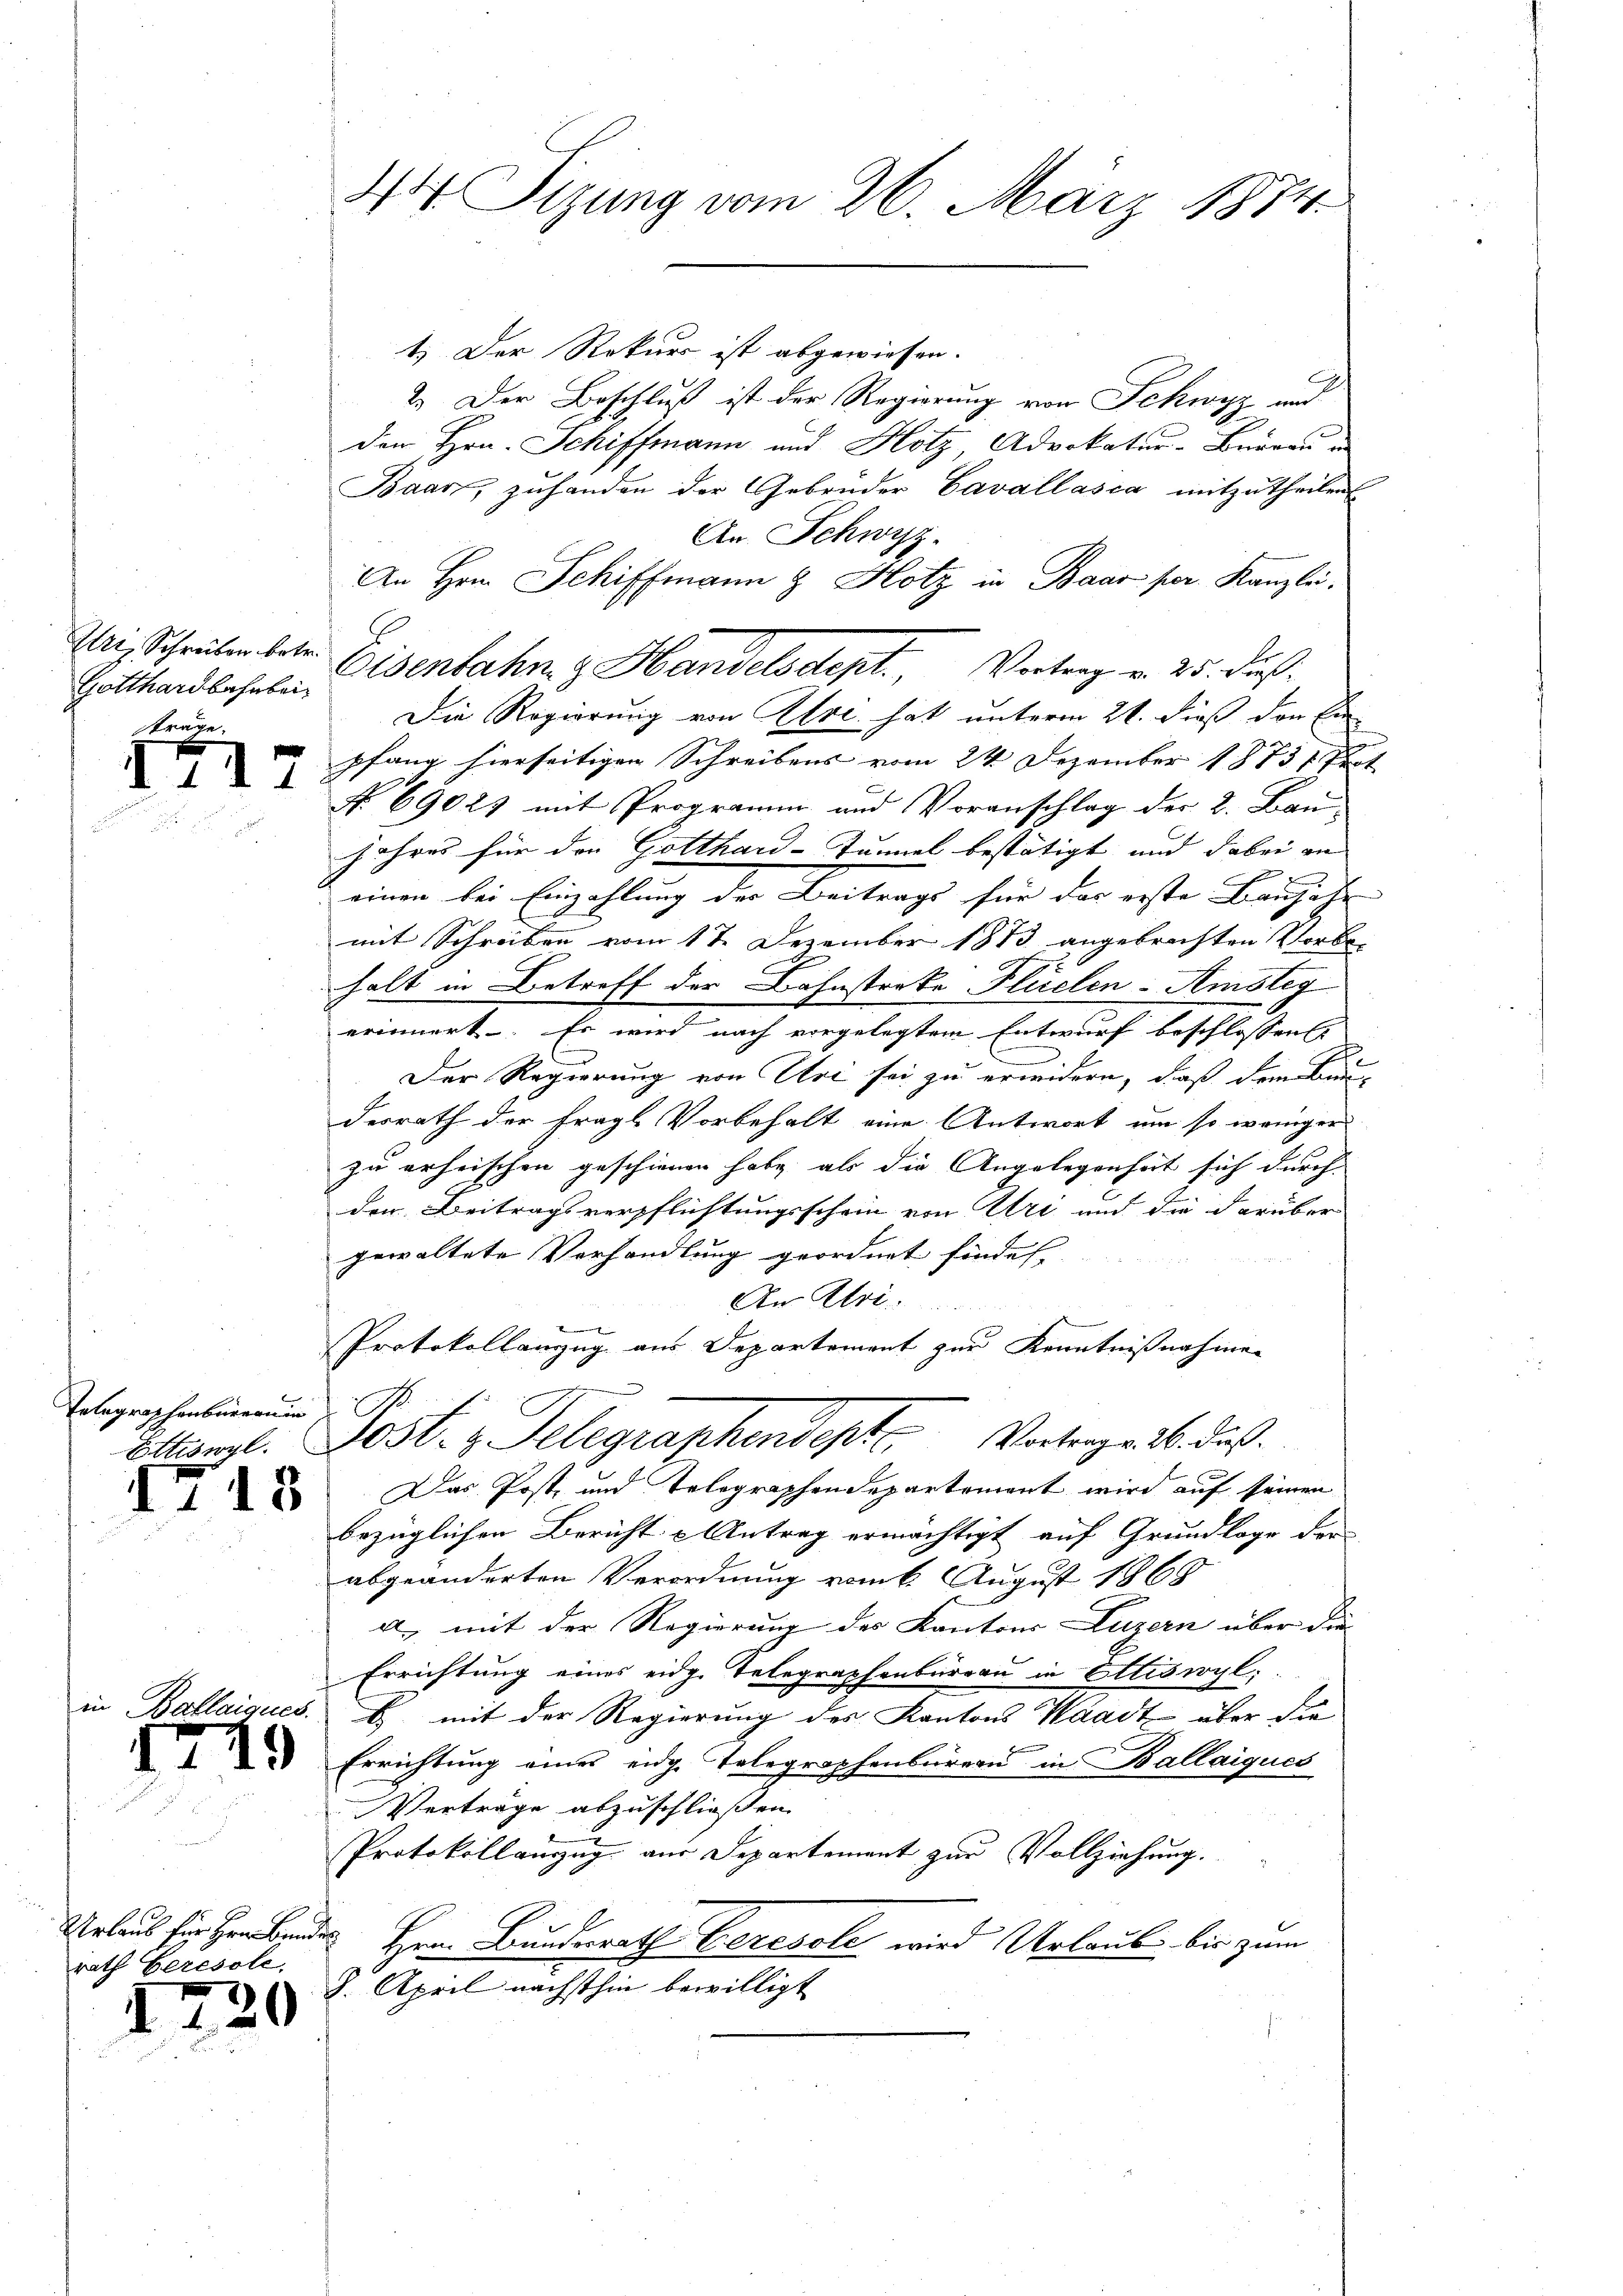
Gotthardbahnbei
träge.

I417

Telegraphenbureau in

1.) Der Rekurs ist abgewiesen.
2.) Der Beschluß ist der Regierung von Schwyz und
den Hrn. Schiffmann und Hotz, Advokatur-Bauren u
Baar, zuhanden der Gebrüder Cavallasca mitzutheilen
An Schwyz.
An Hrn. Schiffmann & Hotz in Baar per. Kanzlei.
Gri, Schreiben beter Eisenbahn & Handelsdept. Vortrag v. 25. dieß:
Die Regierung von Alvi hat unterm 21. dieß den Ein
pfang hierseitigen Schreibens vom 24 Dezember 1873 Prot
No 69025 mit Programm und Voranschlag der 2. Bau-
jahres für den Gotthard-Tunnel bestätigt und dabei an |
.
einen bei Einzahlung der Beitrags für das erste Baujahr
mit Schreiben vom 17. Dezember 1873 angebrachten Vorbehalt in Betreff der Bahnstrate Flüchen-Amsteg
erinnert. Es wird nach vorgelegtem Entwurf beschlossen.
Der Regierung von Uri sei zu erwidern, daß dem Bundesrath der fragl. Vorbehalt eine Antwort um so weniger
zu erheischen geschienen habe, als die Angelegenheit sich durch
der Beitragsverpflichtungsschein von Uri und die darüber
gewaltete Verhandlung geordnet findet,
An Klot
Protokollanzug aus Departement zur Kenntnißnahmen
Ettengl. Post. Telegraphendest. Vortrengab dieß¬
 Das Post und Telegraphendepartement wird auf seinen
bezüglichen Bericht Antrag ermächtigt auf Grundlage der
abgeänderten Verordnung vom August 1865
a mit der Regierung des Kantons Luzern über die
Errichtung eines eidg. Telegraphenburgau in Ettiswyl
Ballaiques. B. mit der Regierung des Kantons Waadt über die
 Errichtung einer eidg. Telegraphenbarer in Ballaigues
Vertrage abzuschließen.
Protokollauszug aus Departement zur Vollziehung.
Urlaub für Herrn Bunde Hrn. Bundesrath Ceresole wird Urlaub bis zum
8. April nächsthin bewilligt

rath beresole,

1720

44 Sizung vom 26. März 1874